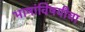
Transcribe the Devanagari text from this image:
भाषांविषयीचा